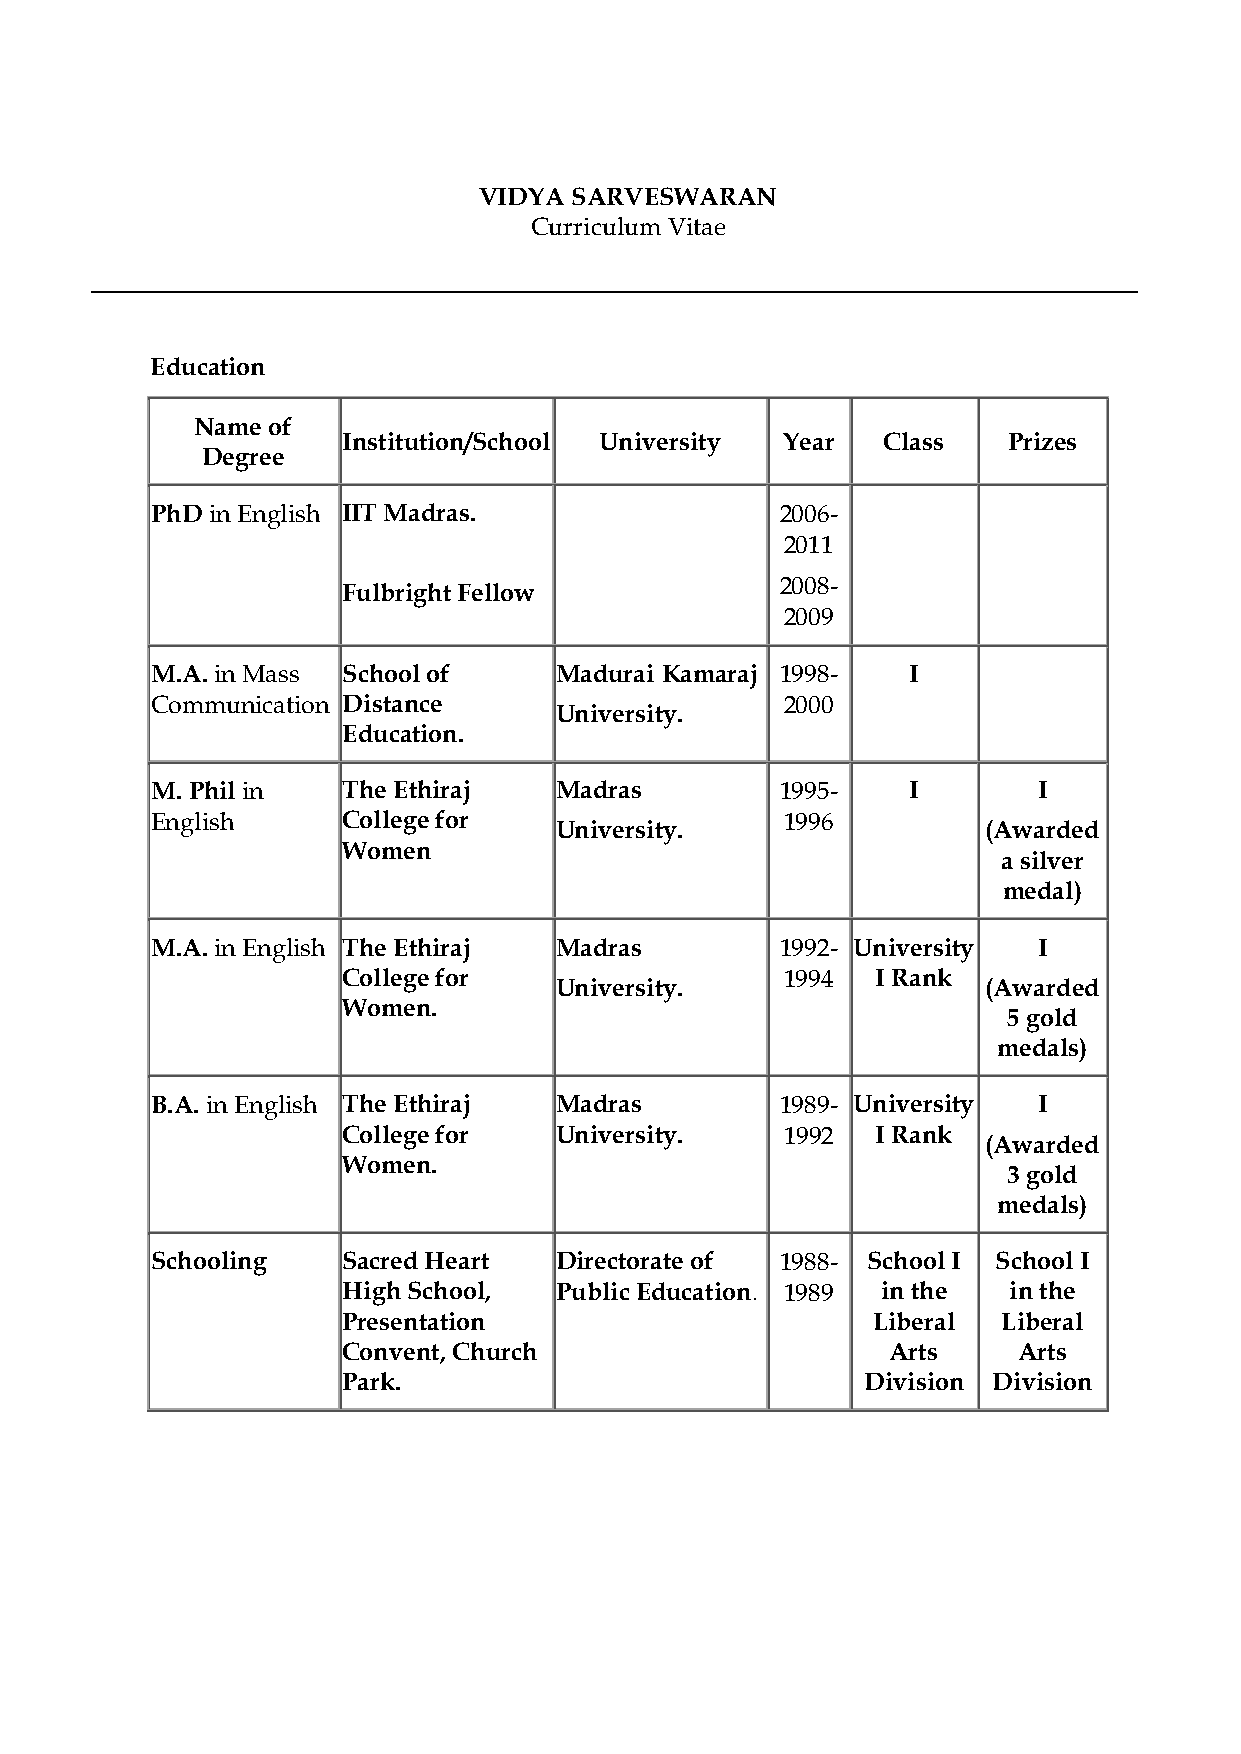
VIDYA SARVESWARAN
 Curriculum Vitae
 Education
 Name of
 Institution/School University Year Class    Prizes
 Degree
 PhD in English IIT Madras.                2006-
 2011
 2008-
 Fulbright Fellow
 2009
 M.A. in Mass School of     Madurai Kamaraj 1998-  I
 Communication Distance                    2000
 University.
 Education.
 M. Phil in   The Ethiraj   Madras         1995-   I        I
 English      College for                  1996
 University.                 (Awarded
 Women
 a silver
 medal)
 M.A. in English The Ethiraj Madras        1992- University I
 College for                  1994  I Rank
 University.                 (Awarded
 Women.
 5 gold
 medals)
 B.A. in English The Ethiraj Madras        1989- University I
 College for   University.    1992  I Rank
 (Awarded
 Women.
 3 gold
 medals)
 Schooling    Sacred Heart  Directorate of 1988- School I School I
 High School,  Public Education. 1989 in the in the
 Presentation                       Liberal Liberal
 Convent, Church                     Arts    Arts
 Park.                             Division Division